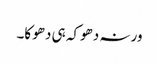
ورنہ دھوکہ ہی دھوکا۔